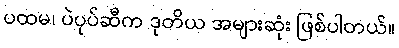
ပထမ၊ ပဲပုပ်ဆီက ဒုတိယ အများဆုံး ဖြစ်ပါတယ်။